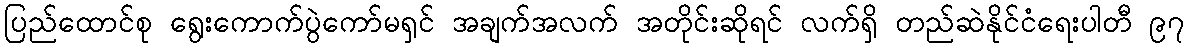
ပြည်ထောင်စု ရွေးကောက်ပွဲကော်မရှင် အချက်အလက် အတိုင်းဆိုရင် လက်ရှိ တည်ဆဲနိုင်ငံရေးပါတီ ၉၇